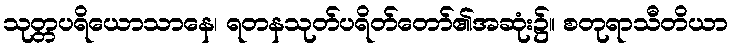
သုတ္တပရိယောသာနေ၊ ရတနသုတ်ပရိတ်တော်၏အဆုံး၌။ စတုရာသီတိယာ